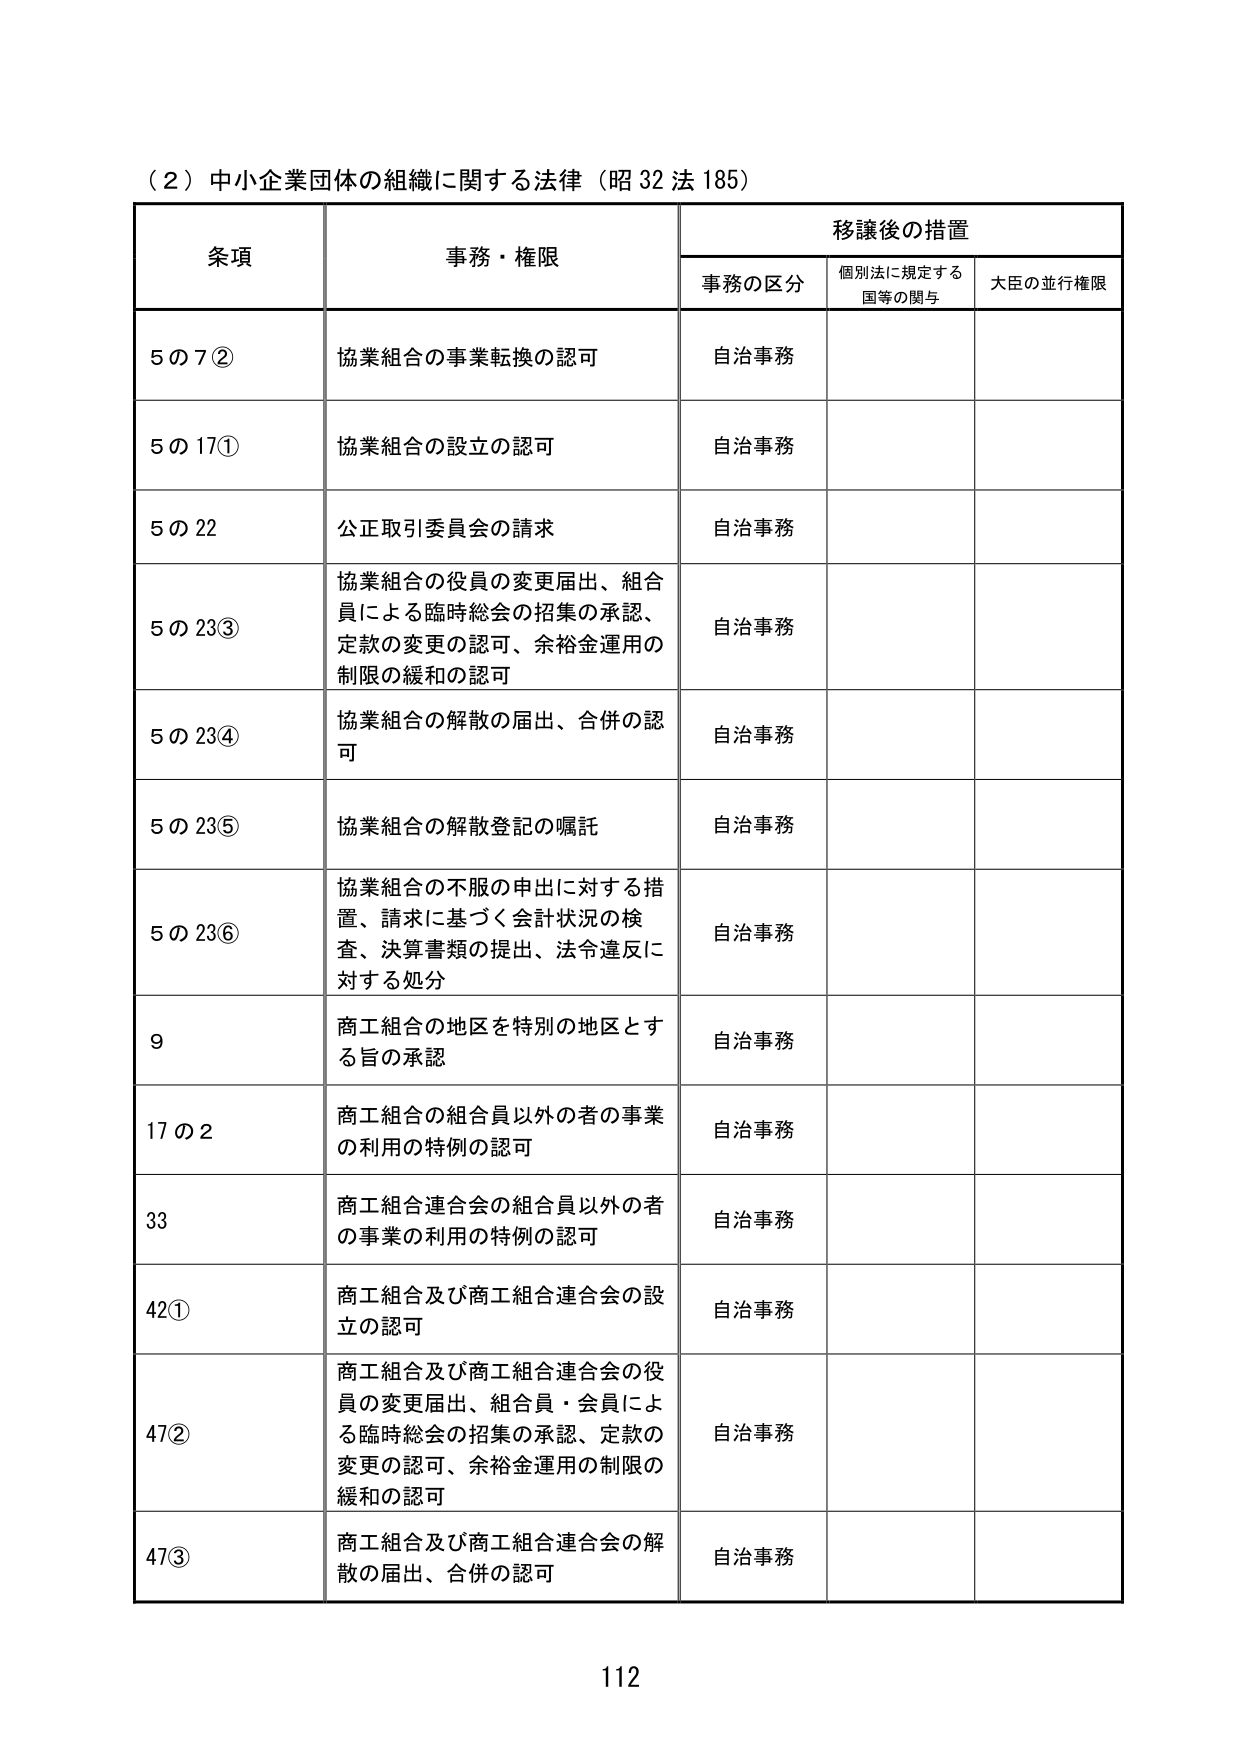
（2）中小企業団体の組織に関する法律（昭32法185）

条項　　　　　　　　事務・権限　　　　　　　　　　移譲後の措置
　　　　　　　　　　　　　　　　　　　　事務の区分　　個別法に規定する　　大臣の並行権限
　　　　　　　　　　　　　　　　　　　　　　　　　　　国等の関与

5の7②　　　　　　協業組合の事業転換の認可　　　　自治事務

5の17①　　　　　　協業組合の設立の認可　　　　　　自治事務

5の22　　　　　　公正取引委員会の請求　　　　　　自治事務

5の23③　　　　　　協業組合の役員の変更届出、組合員による臨時総会の招集の承認、定款の変更の認可、余裕金運用の制限の緩和の認可　　　　自治事務

5の23④　　　　　　協業組合の解散の届出、合併の認可　　　　自治事務

5の23⑤　　　　　　協業組合の解散登記の嘱託　　　　自治事務

5の23⑥　　　　　　協業組合の不服の申出に対する措置、請求に基づく会計状況の検査、決算書類の提出、法令違反に対する処分　　　　自治事務

9　　　　　　　　商工組合の地区を特別の地区とする旨の承認　　　　自治事務

17の2　　　　　　商工組合の組合員以外の者の事業の利用の特例の認可　　　　自治事務

33　　　　　　　　商工組合連合会の組合員以外の者の事業の利用の特例の認可　　　　自治事務

42①　　　　　　商工組合及び商工組合連合会の設立の認可　　　　自治事務

47②　　　　　　商工組合及び商工組合連合会の役員の変更届出、組合員・会員による臨時総会の招集の承認、定款の変更の認可、余裕金運用の制限の緩和の認可　　　　自治事務

47③　　　　　　商工組合及び商工組合連合会の解散の届出、合併の認可　　　　自治事務

112